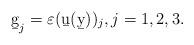
LaTeX: \begin{align*}\b g_j=\varepsilon(\b u(\b y))_j, j=1,2,3.\end{align*}